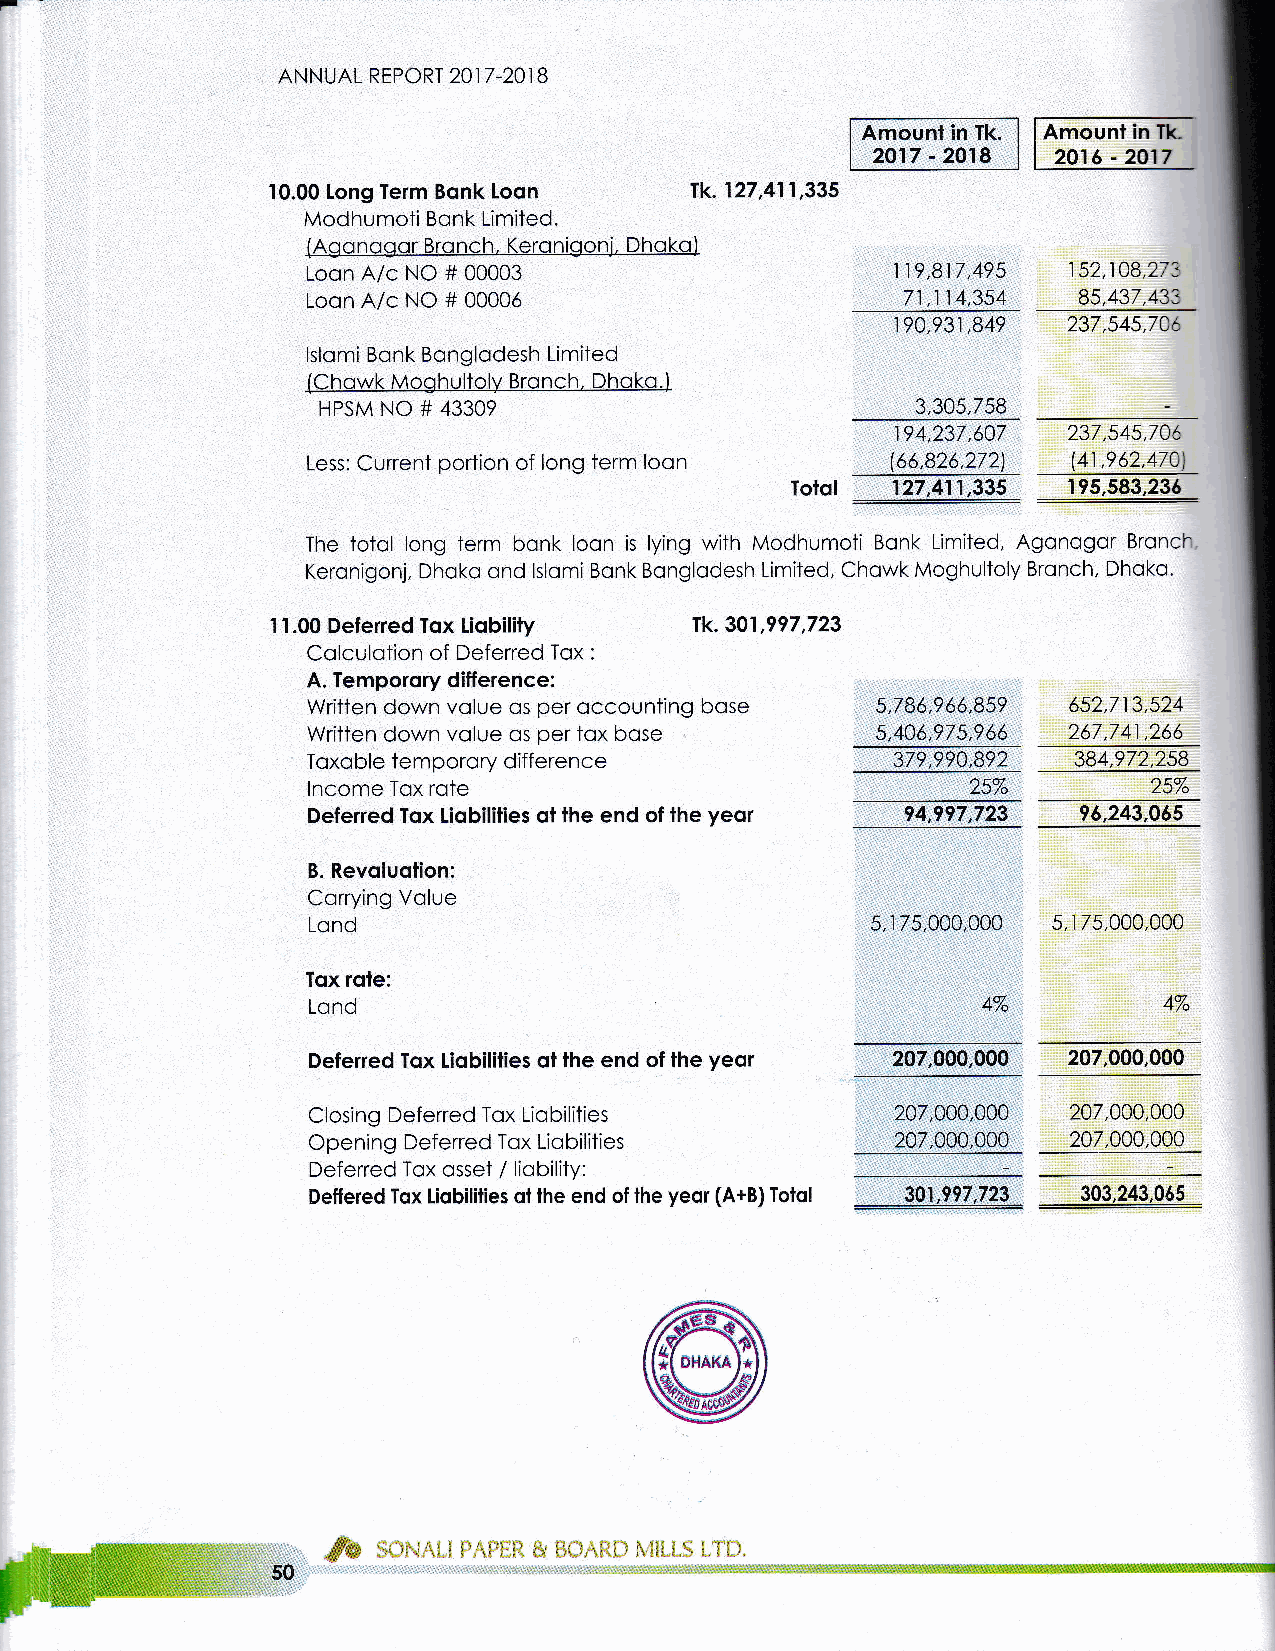
-
 AN N UAL REPORT 2O1 7 -201 B
 Amounl in Tk. Amounl in Tk
 2017 - 2018 2016 - 2017
 10.00 long Term Bonk loon   lk. 127 ,411,335
 Modhumoti Bonk Limited.
 {Agonogor Bronch, Keronigoni. Dhoko)
 Loon A/c NO # 00003                    119,817 ,495 152,108,273
 Loon A/c NO # 00006                     71,114,354  85,437,433
 ,849
 190,931     237,545,74b
 lslomi Bonk Bonglodesh Limited
 (Chowk Moghultoly Bronch. Dhoko.)
 HPSM NO # 43309                         3,305,758
 194,237,607 237,545,706
 Less: Current portion of long term loon (66,826,272) 41,962,470)
 Totql  127,411,335 I95,583,236
 The totol long term bonk loon is lying with Modhumoti Bonk Limited, Agonogor Bronch.
 Keronigonj. Dhoko ond lslomi Bonk Bonglodesh Limited. Chowk Moghultoly Bronch, Dhoko.
 tiobility
 1 1.00 Deferred Tox         Ik. 301 ,997,723
 Colculotion of Deferred Tox:
 A. Temporory difference:
 Written down volue os per occounting bose 5,786,966,859 652,713,524
 Written down volue os per tox bose    5,406,975,966 267,741 ,266
 990,892
 Toxoble temporory difference           379         384,972,258
 lncome Tox rote                                         2s%
 Deferred Tox liobilities ol lhe end of the yeor ?4,997,723 96,243,065
 B. Revoluolion:
 Corrying Volue
 Lond                                  5, r 75,000,000 5,1 7s,000,000
 Tox rofe:
 Lond                                                     4%
 Deferred Tox Liobililies ot the end of lhe yeor 207.000,000 207,000,000
 Closing Deferred Tox Liobilities       207,000,000 207,000,000
 Opening Deferred Tox Liobilities                   207,000,000
 Deferred Tox osset / liobility:
 Deffered Tox Liobilities ol lhe end of the yeor (A+B) Totol ___nuyf23* 5
 OHAKA